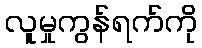
လူမှုကွန်ရက်ကို